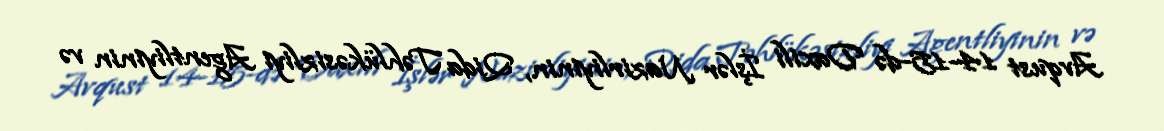
Avqust 14-15-də Daxili İşlər Nazirliyinin, Qida Təhlükəsizliyi Agentliyinin və